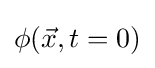
{\textstyle \phi ({\vec {x}},t=0)}